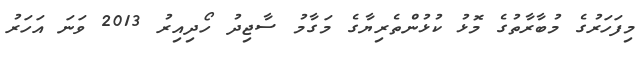
މިފަހަރުގެ މުބާރާތުގެ މޮޅު ކުޅުންތެރިޔާގެ މަގާމު ސާޖިދު ހޯދިއިރު 2013 ވަނަ އަހަރު